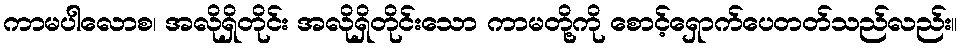
ကာမပါလောစ၊ အလိုရှိတိုင်း အလိုရှိတိုင်းသော ကာမတို့ကို စောင့်ရှောက်ပေတတ်သည်လည်း။